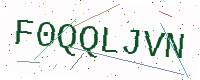
Text: F0QQLJVN